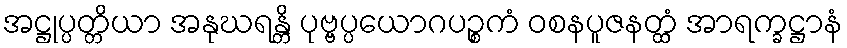
အဋ္ဌုပ္ပတ္တိယာ အနုဃရန္တိ ပုဗ္ဗပ္ပယောဂပဉ္စကံ ဝစနပူဇနတ္ထံ အာရက္ခဋ္ဌာနံ